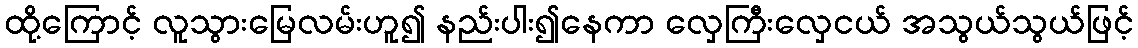
ထို့ကြောင့် လူသွားမြေလမ်းဟူ၍ နည်းပါး၍နေကာ လှေကြီးလှေငယ် အသွယ်သွယ်ဖြင့်